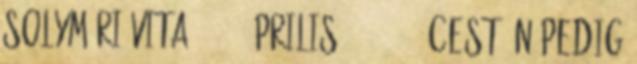
Solymári vita 2014. április 4., 14:35 CEST Én pedig